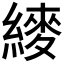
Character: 𬗴